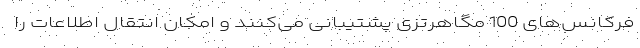
فرکانس‌های 100 مگاهرتزی پشتیبانی می‌کنند و امکان انتقال اطلاعات را